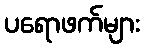
ပရောဖက်များ